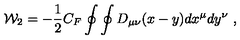
{ \cal W } _ { 2 } = - { \frac { 1 } { 2 } } C _ { F } \oint \oint D _ { \mu \nu } ( x - y ) d x ^ { \mu } d y ^ { \nu } \ ,